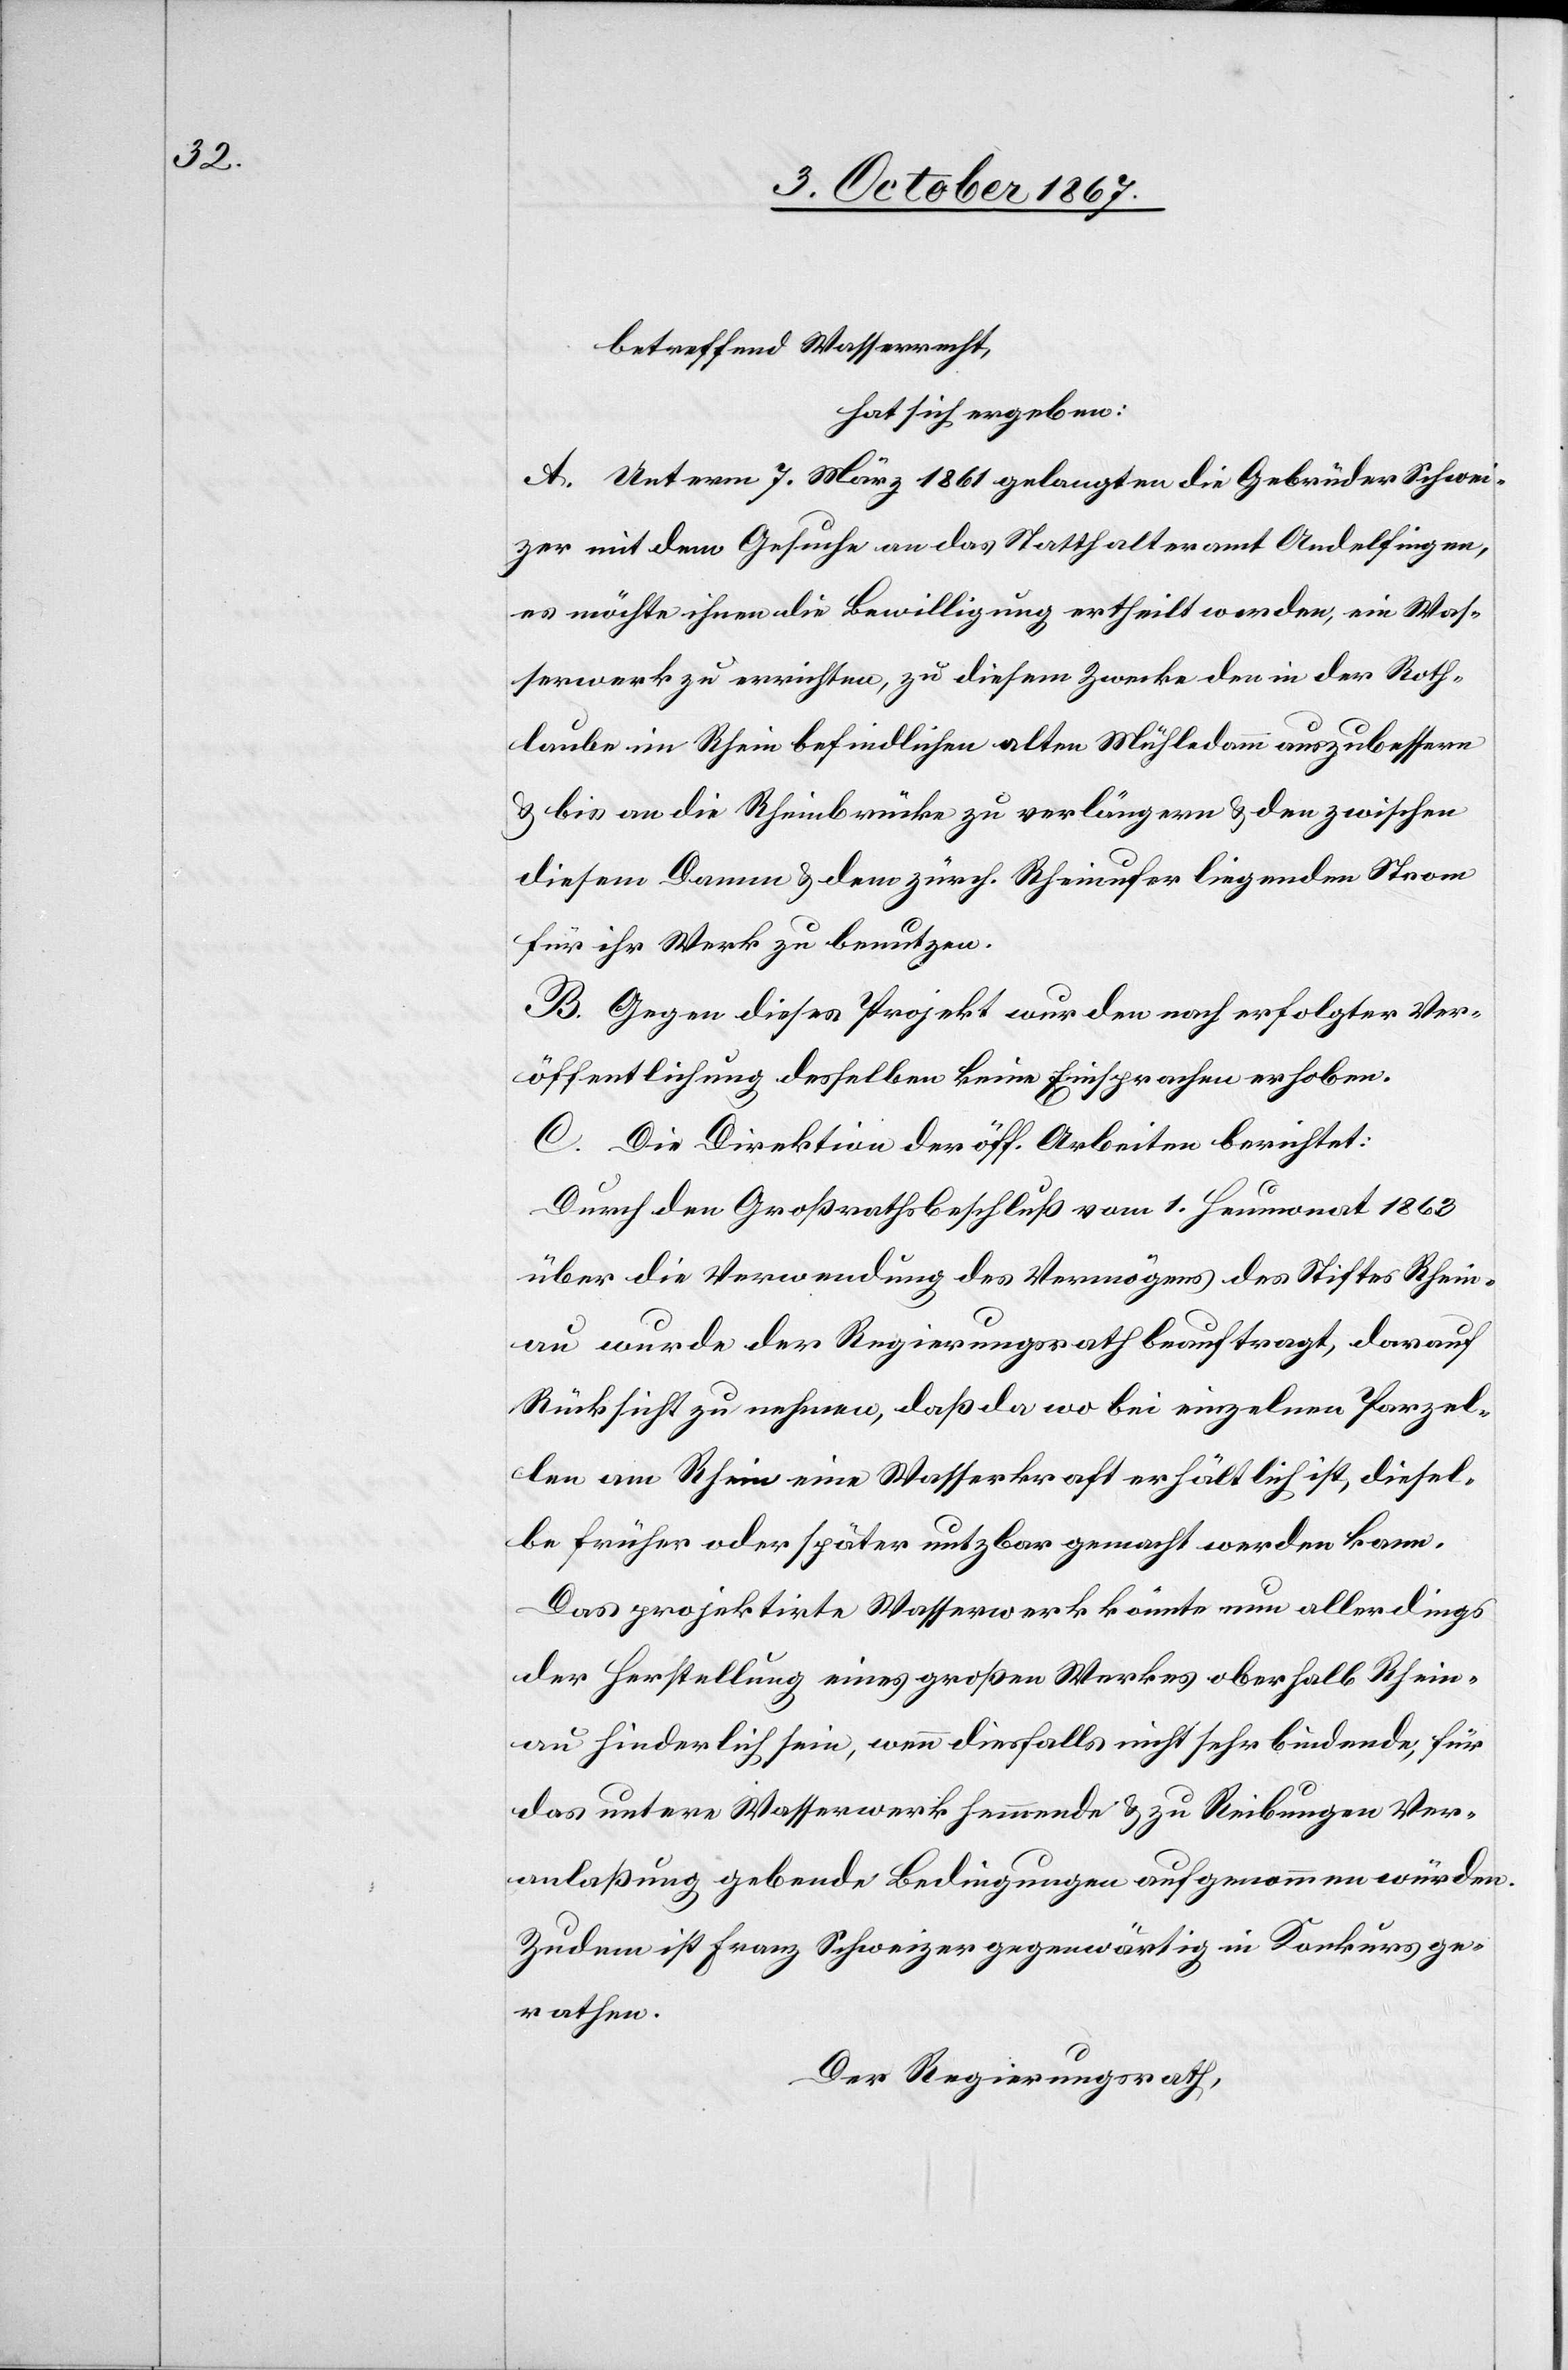
betreffend Wasserrecht,
hat sich ergeben:
A. Unterm 7. März 1861 gelangten die Gebrüder Schwei¬
zer mit dem Gesuche an das Statthalteramt Andelfingen,
es möchte ihnen die Bewilligung ertheilt werden, ein Was¬
serwerk zu errichten, zu diesem Zwecke den in der Roth¬
laube im Rhein befindlichen alten Mühledamm auszubessern
u. bis an die Rheinbrücke zu verlängern u. den zwischen
diesem Damme u. dem zürch. Rheinufer liegenden Strom
für ihr Werk zu benutzen.
B. Gegen dieses Projekt wurden nach erfolgter Ver¬
öffentlichung desselben keine Einsprachen erhoben.
C. Die Direktion der öff. Arbeiten berichtet:
Durch den Großrathsbeschluß vom 1. Heumonat 1863
über die Verwendung des Vermögens des Stiftes Rhein¬
au wurde der Regierungsrath beauftragt, darauf
Rücksicht zu nehmen, daß da wo bei einzelnen Parzel¬
len am Rhein eine Wasserkraft erhältlich ist, diesel¬
be früher oder später nutzbar gemacht werden kann.
Das projektirte Wasserwerk könnte nun allerdings
der Herstellung eines großen Werkes oberhalb Rhein¬
au hinderlich sein, wenn diesfalls nicht sehr bindende, für
das untere Wasserwerk hemmende u. zu Reibungen Ver¬
anlaßung gebende Bedingungen aufgenommen würden.
Zudem ist Franz Schweizer gegenwärtig in Konkurs ge¬
rathen.
Der Regierungsrath,